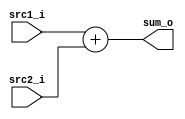
// 0816153

`timescale 1ns/1ps
module Adder(
    src1_i,
	src2_i,
	sum_o
);
     
//I/O ports
input  [32-1:0]  src1_i;
input  [32-1:0]	 src2_i;
output [32-1:0]	 sum_o;

//Internal Signals
reg    [32-1:0]	 sum_o;

    
//Main function
always @(*) begin 
	sum_o = src1_i + src2_i;
end

endmodule